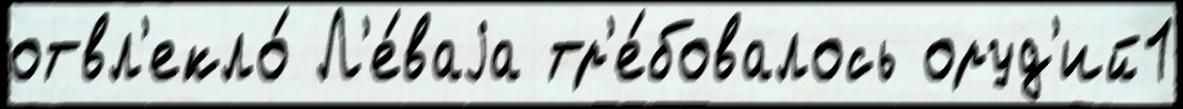
отвл'екло́ Л'е́ваjа тр'е́бовалось оруд'ий1